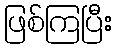
ဖြစ်ကြပြီး